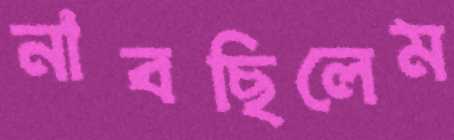
নাবছিলেম